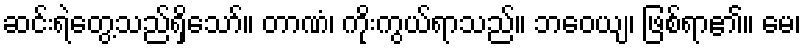
ဆင်းရဲတွေ့သည်ရှိသော်။ တာဏံ၊ ကိုးကွယ်ရာသည်။ ဘဝေယျ၊ ဖြစ်ရာ၏။ မေ၊